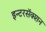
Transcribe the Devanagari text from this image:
इन्टरसॅक्शन